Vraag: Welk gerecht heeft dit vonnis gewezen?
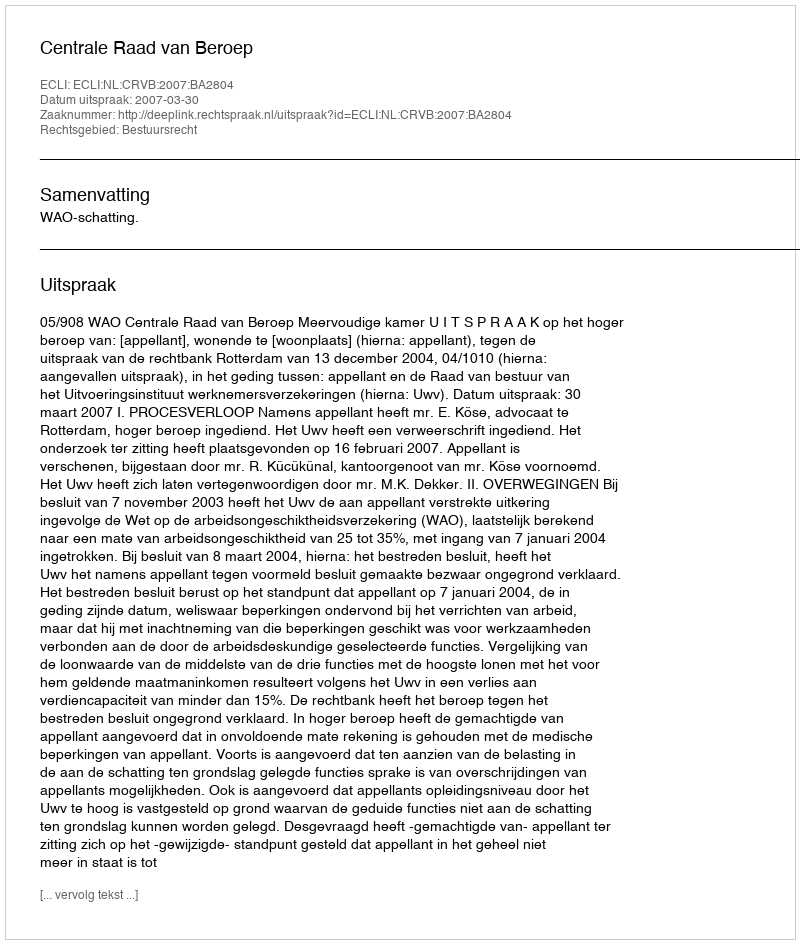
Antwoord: Centrale Raad van Beroep